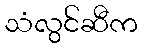
သံလွင်ဆီက